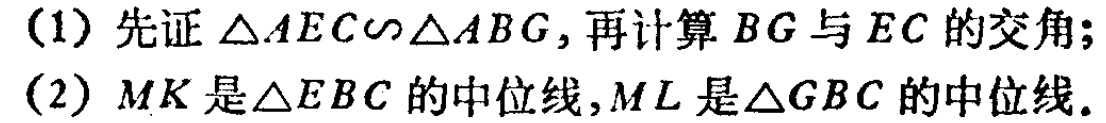
(1) 先证 $\triangle AEC\sim\triangle ABG$, 再计算 $BG$ 与 $EC$ 的交角;

(2) $MK$ 是 $\triangle EBC$ 的中位线, $ML$ 是 $\triangle GBC$ 的中位线.